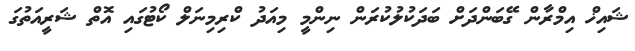
ޝައިޚް އިމްރާން ގޭބަންދަށް ބަދަކުލުކުރަން ނިންމީ މިއަދު ކްރިމިނަލް ކޯޓުގައި އޮތް ޝަރީއަތުގަ